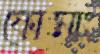
ফোমাং